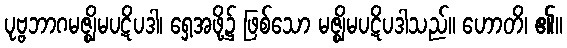
ပုဗ္ဗဘာဂမဇ္ဈိမပဋိပဒါ၊ ရှေ့အဖို့၌ ဖြစ်သော မဇ္ဈိမပဋိပဒါသည်။ ဟောတိ၊ ၏။